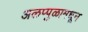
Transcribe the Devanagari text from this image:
अलप्पुळामधून